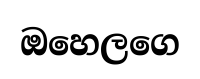
ඔහෙලගෙ